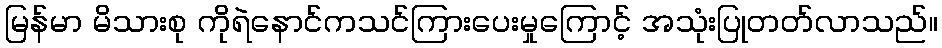
မြန်မာ မိသားစု ကိုရဲနောင်ကသင်ကြားပေးမှုကြောင့် အသုံးပြုတတ်လာသည်။